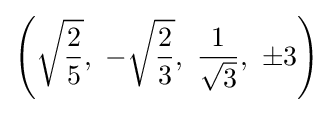
\left({\sqrt {\frac {2}{5}}},\ -{\sqrt {\frac {2}{3}}},\ {\frac {1}{\sqrt {3}}},\ \pm 3\right)